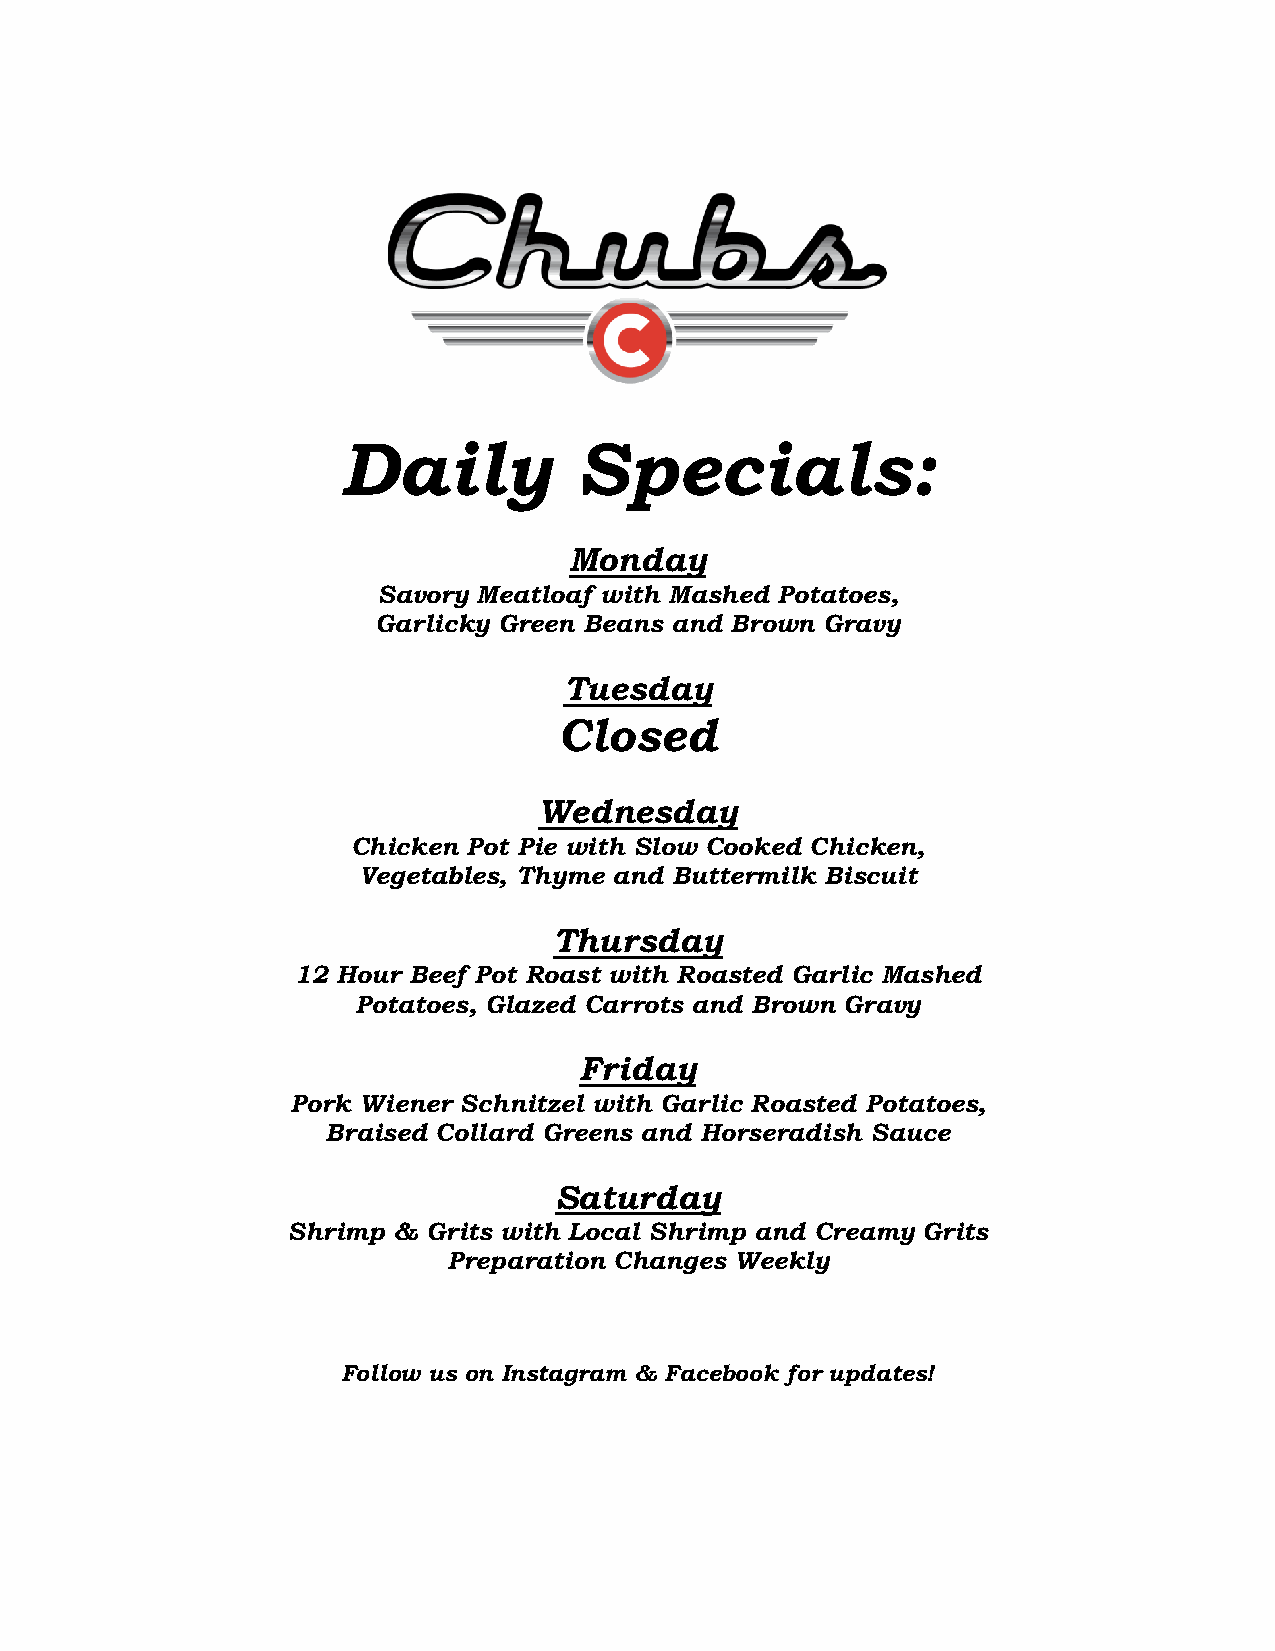
Daily           Specials:
 Monday
 Savory Meatloaf with Mashed Potatoes,
 Garlicky Green Beans and Brown Gravy
 Tuesday
 Closed
 Wednesday
 Chicken Pot Pie with Slow Cooked Chicken,
 Vegetables, Thyme and Buttermilk Biscuit
 Thursday
 12 Hour Beef Pot Roast with Roasted Garlic Mashed
 Potatoes, Glazed Carrots and Brown Gravy
 Friday
 Pork Wiener Schnitzel with Garlic Roasted Potatoes,
 Braised Collard Greens and Horseradish Sauce
 Saturday
 Shrimp & Grits with Local Shrimp and Creamy Grits
 Preparation Changes Weekly
 Follow us on Instagram & Facebook for updates!